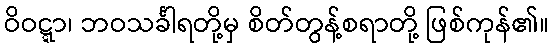
ဝိဝဋ္ဋာ၊ ဘဝသင်္ခါရတို့မှ စိတ်တွန့်စရာတို့ ဖြစ်ကုန်၏။